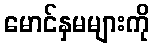
မောင်နှမများကို